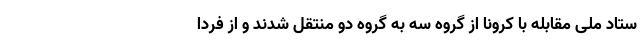
ستاد ملی مقابله با کرونا از گروه سه به گروه دو منتقل شدند و از فردا